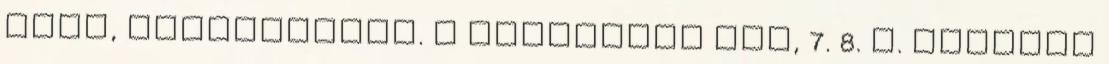
szép, szellemiség. A hátradűlő áll, 7. 8. r. energia